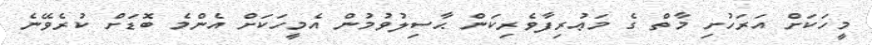
މީހަކަށް އަރަހުށި މާތް ގެ މަޢުރިފާވެރިކަން ޙާސިލުވުމުން އެމީހަކަށް އެންމެ ބޮޑަށް ކުރެވޭނެ